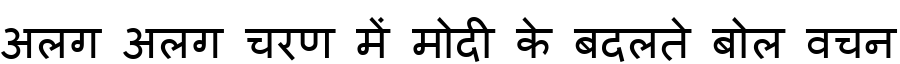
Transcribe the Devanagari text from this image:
अलग अलग चरण में मोदी के बदलते बोल वचन